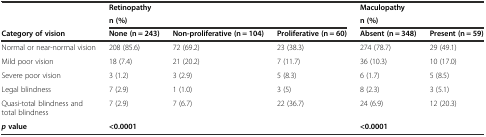
<table><thead><tr><td rowspan="2"></td><td colspan="3"><b>Retinopathy</b></td><td colspan="2"><b>Maculopathy</b></td></tr><tr><td colspan="3"><b>n (%)</b></td><td colspan="2"><b>n (%)</b></td></tr><tr><td><b>Category of vision</b></td><td><b>None (n = 243)</b></td><td><b>Non-proliferative (n = 104)</b></td><td><b>Proliferative (n = 60)</b></td><td><b>Absent (n = 348)</b></td><td><b>Present (n = 59)</b></td></tr></thead><tbody><tr><td>Normal or near-normal vision</td><td>208 (85.6)</td><td>72 (69.2)</td><td>23 (38.3)</td><td>274 (78.7)</td><td>29 (49.1)</td></tr><tr><td>Mild poor vision</td><td>18 (7.4)</td><td>21 (20.2)</td><td>7 (11.7)</td><td>36 (10.3)</td><td>10 (17.0)</td></tr><tr><td>Severe poor vision</td><td>3 (1.2)</td><td>3 (2.9)</td><td>5 (8.3)</td><td>6 (1.7)</td><td>5 (8.5)</td></tr><tr><td>Legal blindness</td><td>7 (2.9)</td><td>1 (1.0)</td><td>3 (5)</td><td>8 (2.3)</td><td>3 (5.1)</td></tr><tr><td>Quasi-total blindness and total blindness</td><td>7 (2.9)</td><td>7 (6.7)</td><td>22 (36.7)</td><td>24 (6.9)</td><td>12 (20.3)</td></tr><tr><td><b><i>p</i></b><b>value</b></td><td colspan="3"><b>&lt;0.0001</b></td><td colspan="2"><b>&lt;0.0001</b></td></tr></tbody></table>